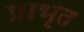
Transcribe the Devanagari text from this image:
प्राभृत